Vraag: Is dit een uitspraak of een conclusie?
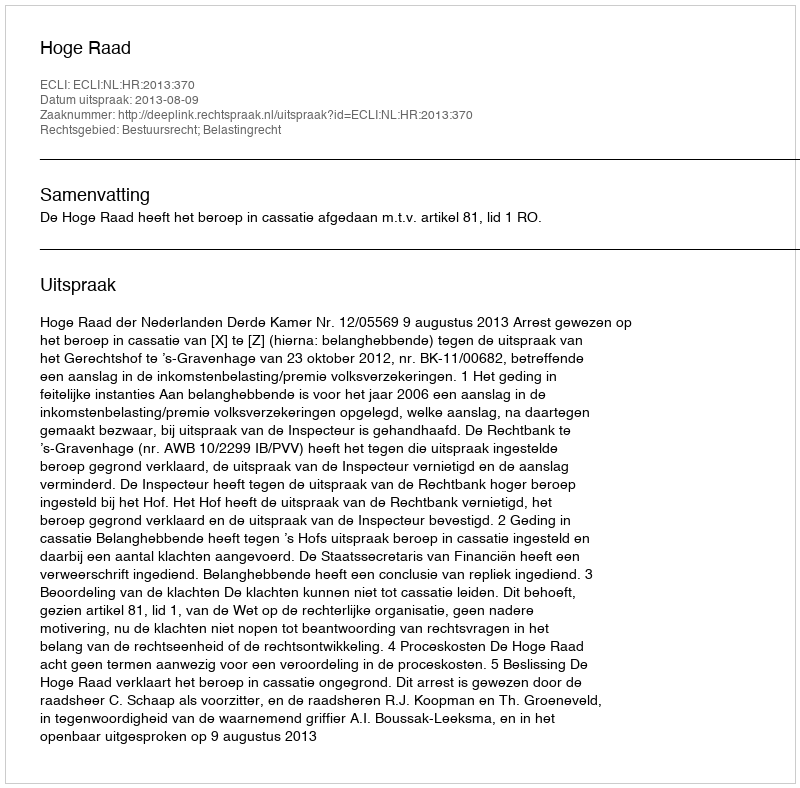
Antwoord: Uitspraak